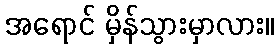
အရောင် မှိန်သွားမှာလား။